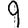
Digit: 9